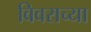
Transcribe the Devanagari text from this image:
विवराच्या